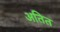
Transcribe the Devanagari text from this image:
अतित